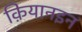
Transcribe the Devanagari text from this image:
क़ियानइन